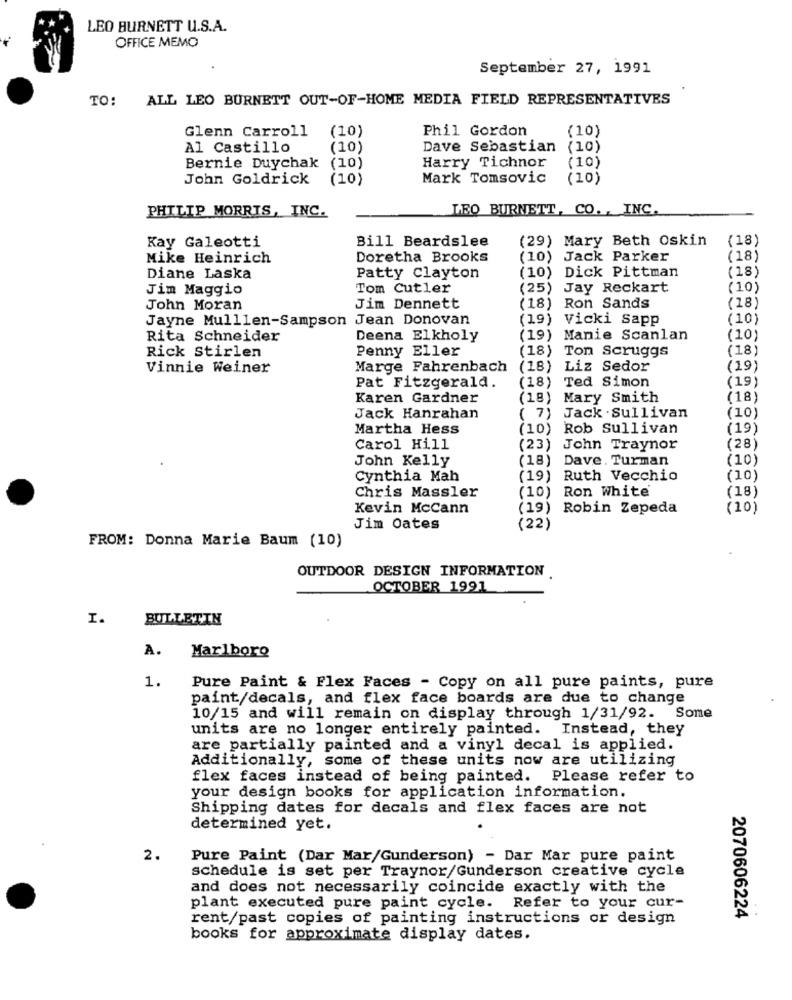
LEO BURNETT U.S.A.
OFFICE MEMO
September 27, 1991
TO: ALL LEO BURNETT OUT-OF-HOME MEDIA FIELD REPRESENTATIVES
Glenn Carroll
Phil Gordon
(10)
(10)
Al Castillo
(10)
Dave Sebastian
(10)
Bernie Duychak
Harry Tichnor
(10)
(10)
John Goldrick
(10)
Mark Tomsovic
(10)
LEO BURNETT, CO ., INC.
PHILIP MORRIS, INC.
Kay Galeotti
Bill Beardslee
(29) Mary Beth Oskin
(18)
Mike Heinrich
Doretha Brooks
(10) Jack Parker
(18)
(10) Dick Pittman
(18)
Diane Laska
Patty Clayton
Jim Maggio
Tom Cutler
(25) Jay Reckart
(10)
John Moran
Jim Dennett
(18) Ron Sands
(18)
Jayne Mulllen-Sampson Jean Donovan
(19) Vicki Sapp
(10)
Rita Schneider
Deena Elkholy
(19) Manie Scanlan
(10)
Rick Stirlen
Penny Eller
(18) Ton Scruggs
(18)
Vinnie Weiner
Marge Fahrenbach
(18) Liz Sedor
(19)
(19)
Pat Fitzgerald.
(18) Ted Simon
Karen Gardner
(18) Mary Smith
(18)
Jack Hanrahan
( 7) Jack . Sullivan
(10)
Martha Hess
(10) Rob Sullivan
(19)
Carol Hill
(23) John Traynor
(28)
John Kelly
(18) Dave. Turman
(10)
Cynthia Mah
(19) Ruth Vecchio
(10)
Chris Massler
(10) Ron White
(18)
Kevin McCann
(19) Robin Zepeda
(10)
Jim Oates
(22)
FROM: Donna Marie Baum (10)
OUTDOOR DESIGN INFORMATION
OCTOBER 1991
I.
BULLETIN
A.
Marlboro
1.
Pure Paint & Flex Faces - Copy on all pure paints, pure
paint/decals, and flex face boards are due to change
10/15 and will remain on display through 1/31/92. Some
units are no longer entirely painted. Instead, they
are partially painted and a vinyl decal is applied.
Additionally, some of these units now are utilizing
flex faces instead of being painted. Please refer to
your design books for application information.
Shipping dates for decals and flex faces are not
determined yet.
2.
Pure Paint (Dar Mar/Gunderson) - Dar Mar pure paint
schedule is set per Traynor/Gunderson creative cycle
and does not necessarily coincide exactly with the
plant executed pure paint cycle. Refer to your cur-
rent/past copies of painting instructions or design
2070606224
books for approximate display dates.